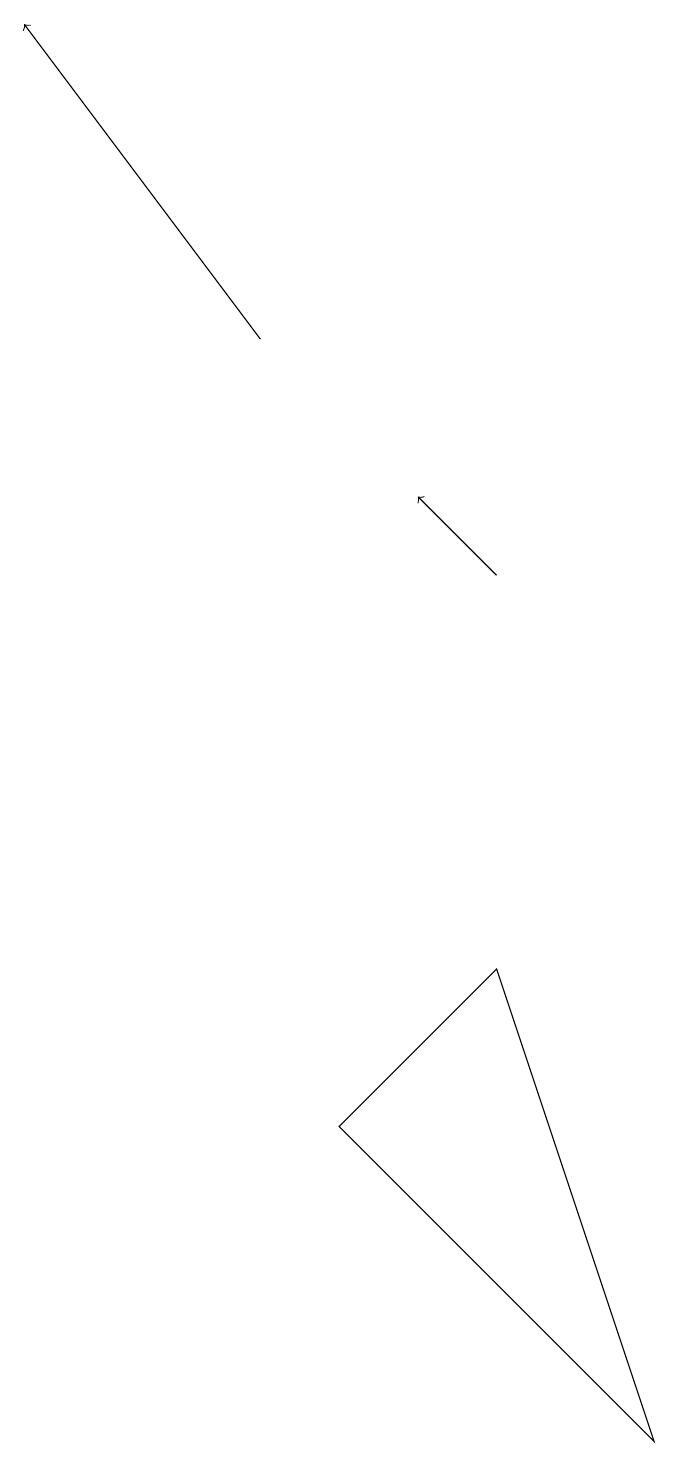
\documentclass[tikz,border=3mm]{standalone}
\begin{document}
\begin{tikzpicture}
\draw[->] (6,11) -- (5,12);
\draw (6,6) -- (4,4) -- (8,0) -- cycle;
\draw[->] (3,14) -- (0,18);
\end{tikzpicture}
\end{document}